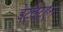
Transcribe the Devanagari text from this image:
डेट्रॉईटहून